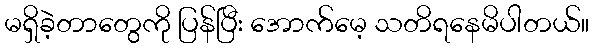
မရှိခဲ့တာတွေကို ပြန်ပြီး အောက်မေ့ သတိရနေမိပါတယ်။